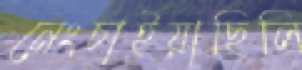
নেংচাইয়াছিলি